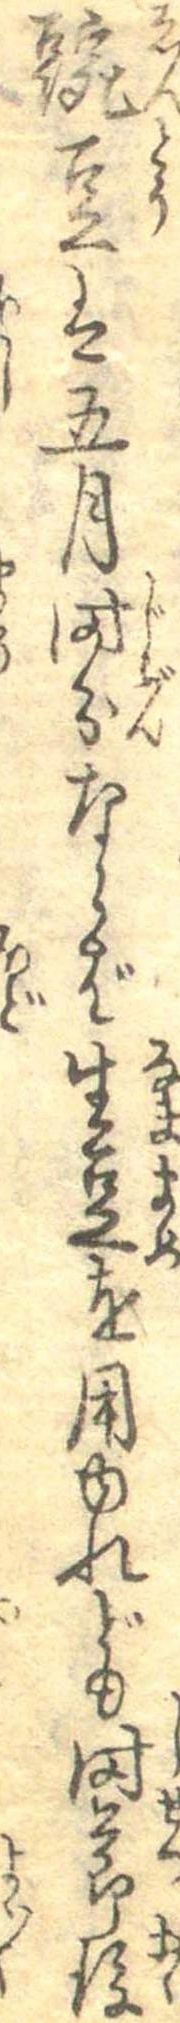
豌豆は五月時分ならば生豆を用ゆれども時節後